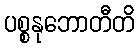
ပစ္စနုဘောတီတိ